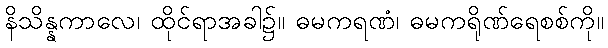
နိသိန္နကာလေ၊ ထိုင်ရာအခါ၌။ ဓမကရဏံ၊ ဓမကရိုဏ်ရေစစ်ကို။